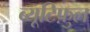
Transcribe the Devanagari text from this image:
ब्यूटिफ़ुल